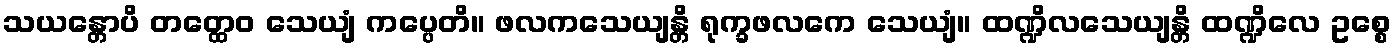
သယန္တောပိ တတ္ထေဝ သေယျံ ကပ္ပေတိ။ ဖလကသေယျန္တိ ရုက္ခဖလကေ သေယျံ။ ထဏ္ဍိလသေယျန္တိ ထဏ္ဍိလေ ဥစ္စေ